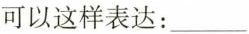
你可以这样表达：___